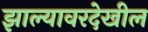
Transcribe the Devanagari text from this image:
झाल्यावरदेखील